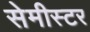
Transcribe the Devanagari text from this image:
सेमीस्टर